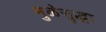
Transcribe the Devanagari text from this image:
मुळेसुद्धा